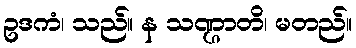
ဥဒကံ၊ သည်။ န သဏ္ဌာတိ၊ မတည်။